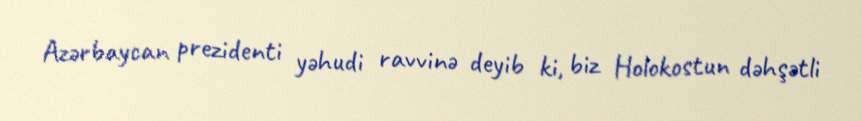
Azərbaycan prezidenti yəhudi ravvinə deyib ki, biz Holokostun dəhşətli